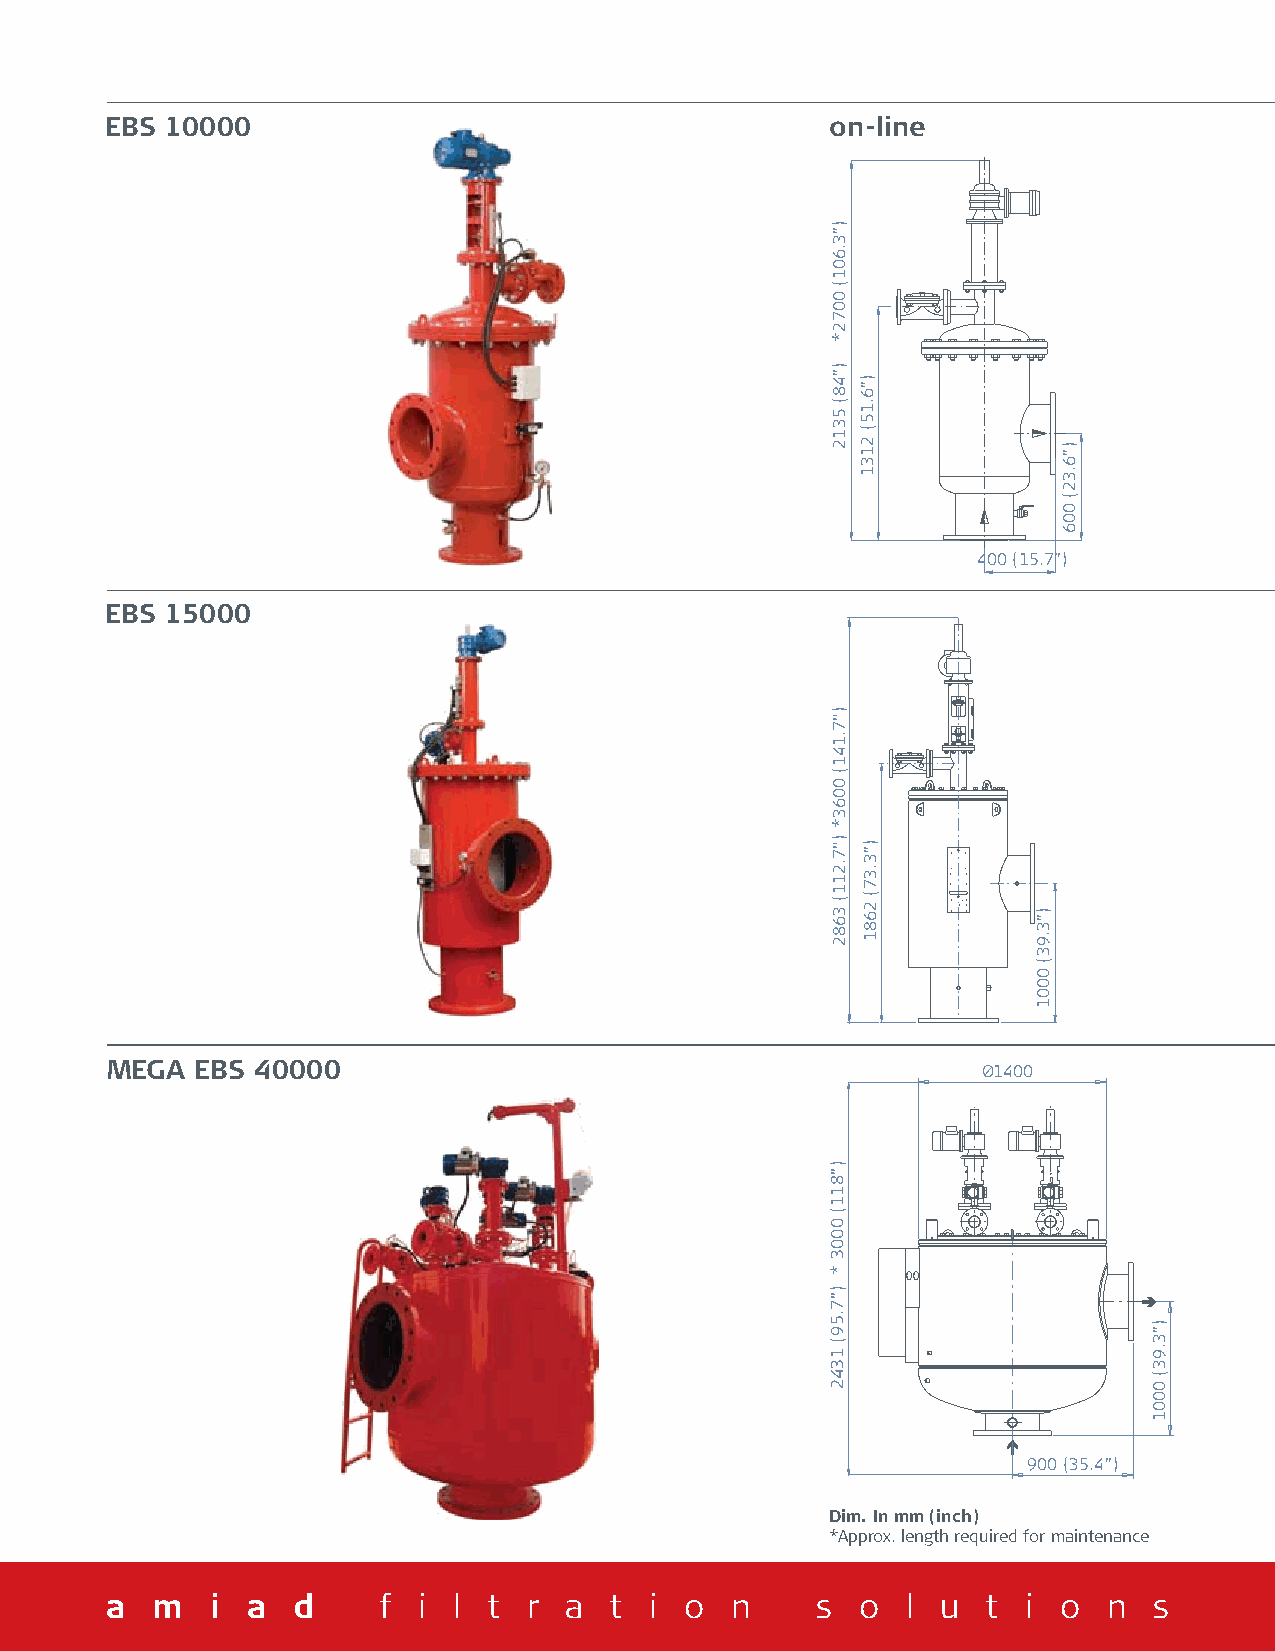
EBS 10000                                       on-line
 400 (15.7")
 EBS 15000
 MEGA  EBS 40000                                           Ø1400
 900 (35.4")
 Dim. In mm (inch)
 *Approx. length required for maintenance
 a  m   i a  d   f  i l  t r  a  t i  o  n    s  o  l u  t  i o  n   s
 )"3.601(
 0072*
 )"48(
 5312
 )”7.141(
 0063*
 )”7.211(
 3682
 )"811(
 0003
 *
 )"7.59(
 1342
 )"6.15(
 2131
 )"3.37(
 2681        )"3.93(
 0001
 )"6.32(
 006
 )"3.93(
 0001